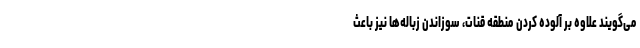
می‌گویند علاوه بر آلوده کردن منطقه قنات، سوزاندن زباله‌ها نیز باعث